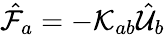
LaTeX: \hat{\mathcal{F}}_{a}=-\mathcal{K}_{ab}\hat{\mathcal{U}}_{b}